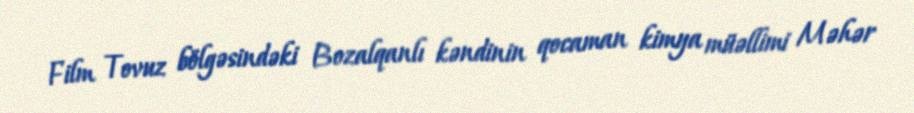
Film Tovuz bölgəsindəki Bozalqanlı kəndinin qocaman kimya müəllimi Məhər